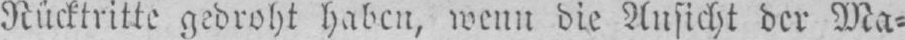
Rücktritte gedroht haben, wenn die Ansicht der Ma⸗